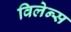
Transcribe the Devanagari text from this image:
विलेन्स